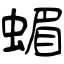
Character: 蝞